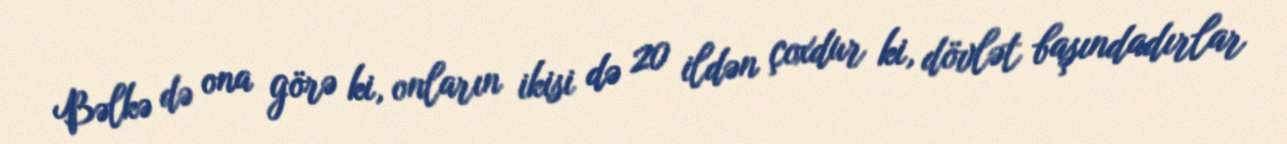
Bəlkə də ona görə ki, onların ikisi də 20 ildən çoxdur ki, dövlət başındadırlar